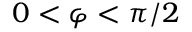
0 < \varphi < \pi / 2